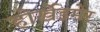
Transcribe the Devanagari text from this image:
होर्खेइमेर